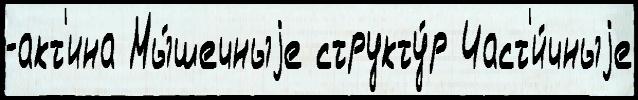
-акт'ина Мы́шечныjе структу́р Част'и́чныjе